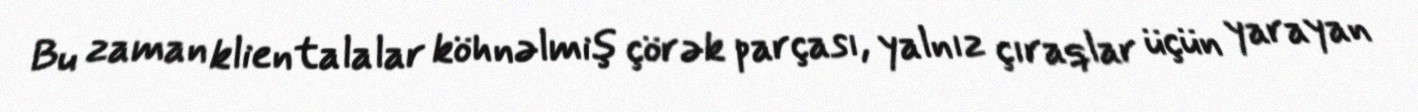
Bu zaman klientalalar köhnəlmiş çörək parçası, yalnız çıraqlar üçün yarayan